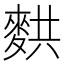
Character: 𬹂